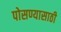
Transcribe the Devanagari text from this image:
पोसण्यासाठी